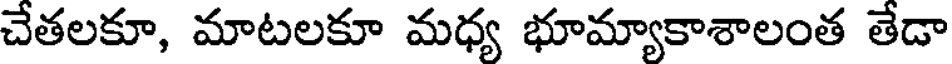
చేతలకూ, మాటలకూ మధ్య భూమ్యాకాశాలంత తేడా